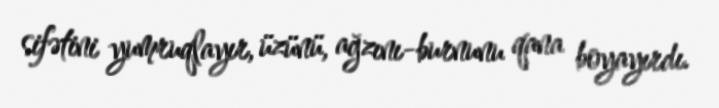
sifətini yumruqlayır, üzünü, ağzını-burnunu qana boyayırdı.